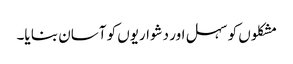
مشکلوں کو سہل اور دشواریوں کو آسان بنا یا۔